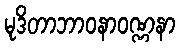
မုဒိတာဘာဝနာဝဏ္ဏနာ